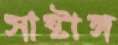
সাষ্টাঙ্গ